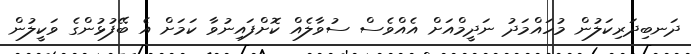
ދަނބިދަރިކަލުން މުހައްމަދު ނަދީމްއަށް އެއްވެސް ސުވާލެއް ކޮށްފައިނުވާ ކަމަށް އެ ބޭފުޅުންގެ ވަކީލުން